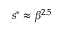
s ^ { * } \approx \beta ^ { 2 . 5 }